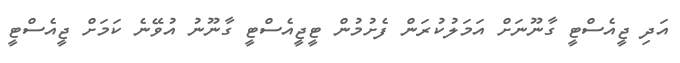
އަދި ޖީއެސްޓީ ގާނޫނަށް އަމަލުކުރަން ފެށުމުން ޓީޖީއެސްޓީ ގާނޫނު އުވޭނެ ކަމަށް ޖީއެސްޓީ